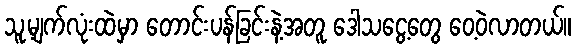
သူ့မျက်လုံးထဲမှာ တောင်းပန်ခြင်းနဲ့အတူ ဒေါသငွေ့တွေ ဝေ့ဝဲလာတယ်။